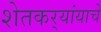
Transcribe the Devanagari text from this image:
शेतकर्‍यांयाचे